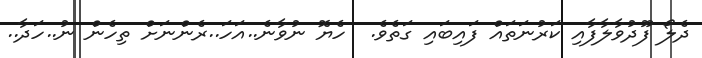
ދެލޯ ފޫދުވާލާފާއި ކަރުނަތައް ފައިބައި ގަތެވެ.  ހެޔޮ ނުވާނެ..އަހަ..ރެންނަށް ތިހެން ނު..ހަދާ..